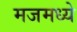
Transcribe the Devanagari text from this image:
मजमध्ये